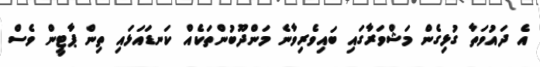
އެ ދައުވަތާ ގުޅިގެން މަޝްވަރާގައި ބައިވެރިވާނެ މަންދޫބުންތަކެއް ކަނޑައަޅައި ތިން ޕާޓީން ވެސް